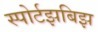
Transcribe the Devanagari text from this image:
स्पोर्टझबिझ